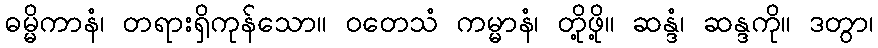
ဓမ္မိကာနံ၊ တရားရှိကုန်သော။ ဝတေသံ ကမ္မာနံ၊ တို့ဖို့။ ဆန္ဒံ၊ ဆန္ဒကို။ ဒတွာ၊